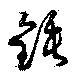
錘